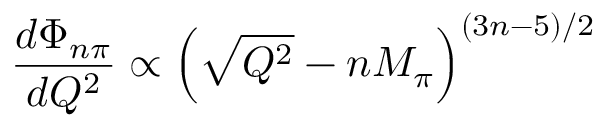
\frac { d \Phi _ { n \pi } } { d Q ^ { 2 } } \propto \Big ( \sqrt { Q ^ { 2 } } - n M _ { \pi } \Big ) ^ { ( 3 n - 5 ) / 2 }